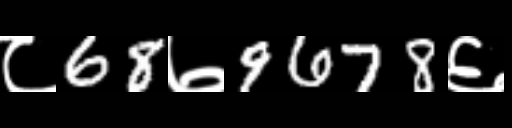
Text: ८68७9678६